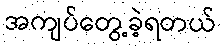
အကျပ်တွေ့ခဲ့ရတယ်